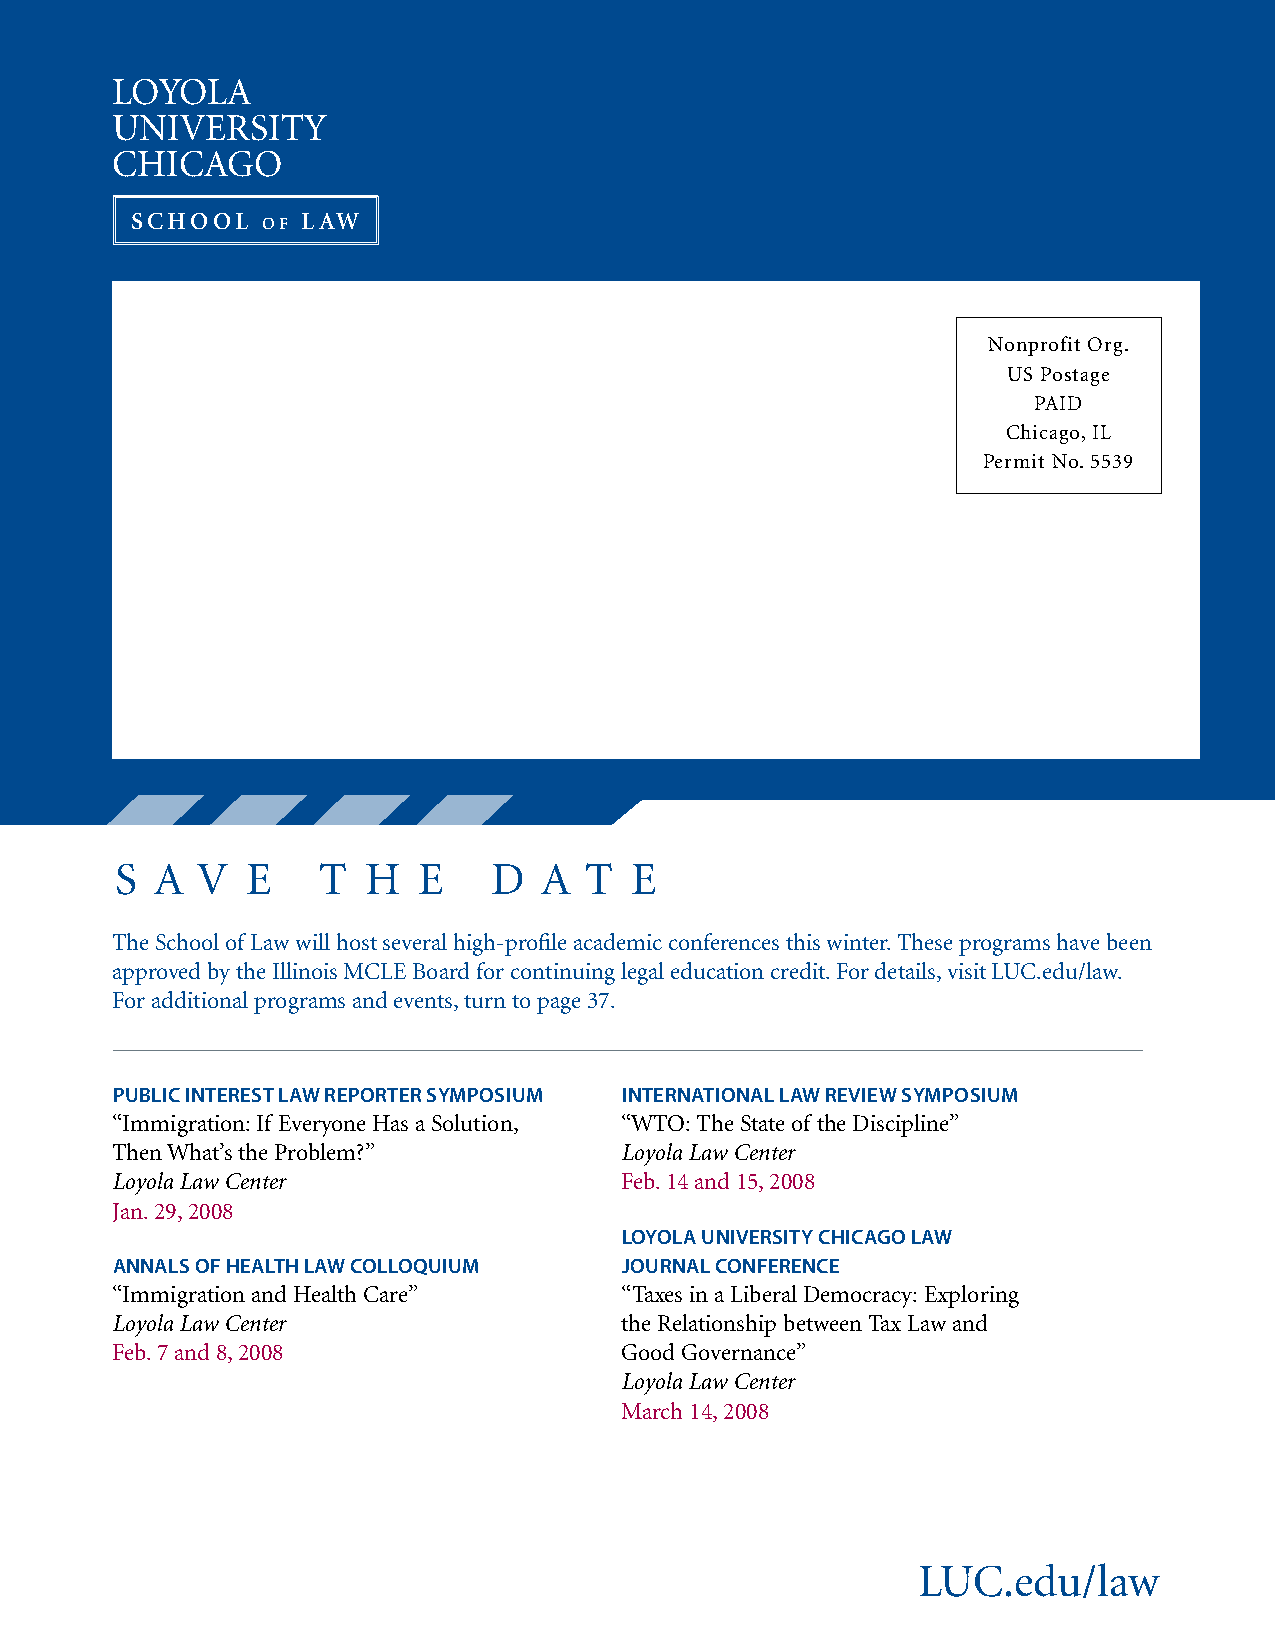
LOYOLA
 UNIVERSITY
 CHICAGO
 SCHOOL  of LAW
 Nonprofit Org.
 US Postage
 PAID
 Chicago, IL
 Permit No. 5539
 S A  V  E    T  H   E    D  A  T  E
 The School of Law will host several high-profile academic conferences this winter. These programs have been
 approved by the Illinois MCLE Board for continuing legal education credit. For details, visit LUC.edu/law.
 For additional programs and events, turn to page 37.
 public interest law reporter symposium international law review symposium
 “Immigration: If Everyone Has a Solution, “WTO: The State of the Discipline”
 Then What’s the Problem?”         Loyola Law Center
 Loyola Law Center                 Feb. 14 and 15, 2008
 Jan. 29, 2008
 loyola university chicago law
 annals of health law colloquium   Journal conference
 “Immigration and Health Care”     “Taxes in a Liberal Democracy: Exploring
 Loyola Law Center                 the Relationship between Tax Law and
 Feb. 7 and 8, 2008                Good Governance”
 Loyola Law Center
 March 14, 2008
 LUC.edu/law